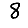
Digit: 8